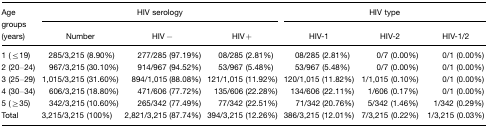
<table><thead><tr><td rowspan="3"><b>Age groups (years)</b></td><td colspan="3"><b>HIV serology</b></td><td colspan="3"><b>HIV type</b></td></tr><tr><td><b>Number</b></td><td><b>HIV−</b></td><td><b>HIV+</b></td><td><b>HIV-1</b></td><td><b>HIV-2</b></td><td><b>HIV-1/2</b></td></tr></thead><tbody><tr><td>1 (≤19)</td><td>285/3,215 (8.90%)</td><td>277/285 (97.19%)</td><td>08/285 (2.81%)</td><td>08/285 (2.81%)</td><td>0/7 (0.00%)</td><td>0/1 (0.00%)</td></tr><tr><td>2 (20–24)</td><td>967/3,215 (30.10%)</td><td>914/967 (94.52%)</td><td>53/967 (5.48%)</td><td>53/967 (5.48%)</td><td>0/7 (0.00%)</td><td>0/1 (0.00%)</td></tr><tr><td>3 (25–29)</td><td>1,015/3,215 (31.60%)</td><td>894/1,015 (88.08%)</td><td>121/1,015 (11.92%)</td><td>120/1,015 (11.82%)</td><td>1/1,015 (0.10%)</td><td>0/1 (0.00%)</td></tr><tr><td>4 (30–34)</td><td>606/3,215 (18.80%)</td><td>471/606 (77.72%)</td><td>135/606 (22.28%)</td><td>134/606 (22.11%)</td><td>1/606 (0.17%)</td><td>0/1 (0.00%)</td></tr><tr><td>5 (≥35)</td><td>342/3,215 (10.60%)</td><td>265/342 (77.49%)</td><td>77/342 (22.51%)</td><td>71/342 (20.76%)</td><td>5/342 (1.46%)</td><td>1/342 (0.29%)</td></tr><tr><td>Total</td><td>3,215/3,215 (100%)</td><td>2,821/3,215 (87.74%)</td><td>394/3,215 (12.26%)</td><td>386/3,215 (12.01%)</td><td>7/3,215 (0.22%)</td><td>1/3,215 (0.03%)</td></tr></tbody></table>